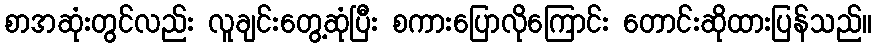
စာအဆုံးတွင်လည်း လူချင်းတွေ့ဆုံပြီး စကားပြောလိုကြောင်း တောင်းဆိုထားပြန်သည်။